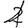
Digit: 2